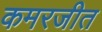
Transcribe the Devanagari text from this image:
कमरजीत